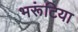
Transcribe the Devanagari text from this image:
भरूंटिया